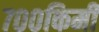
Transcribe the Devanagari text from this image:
७००किमी